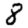
Digit: 8